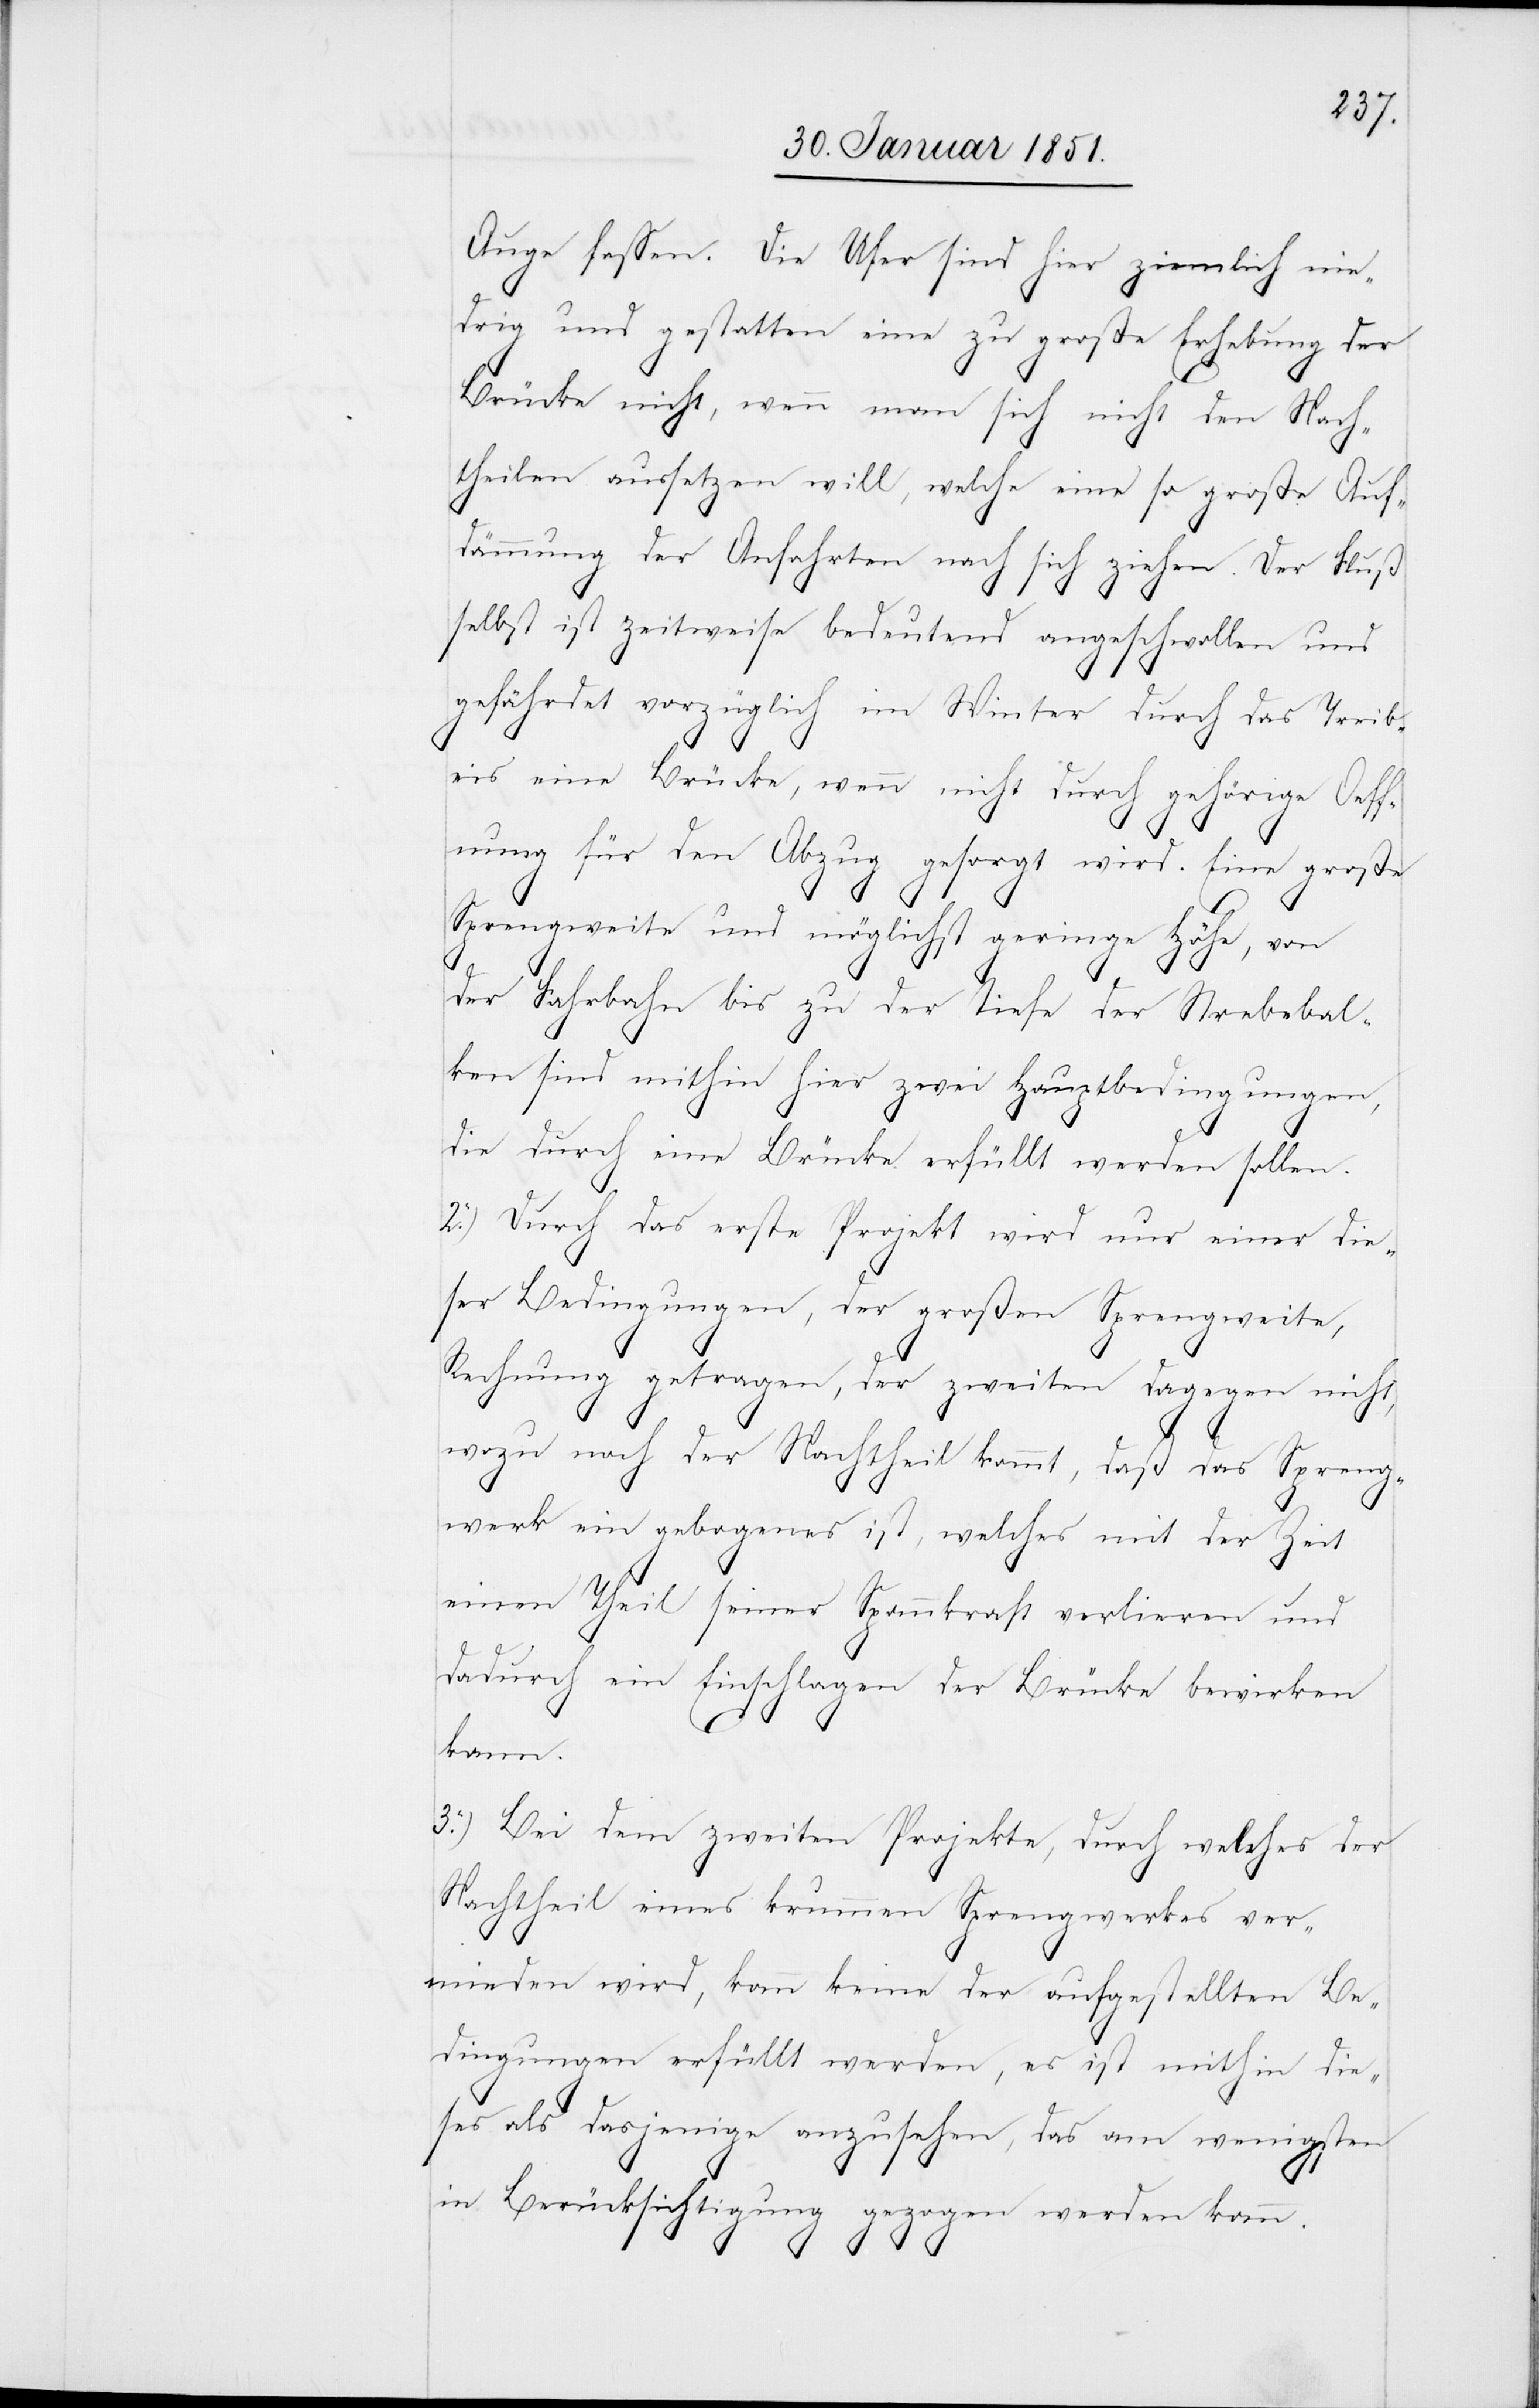
Auge fassen. Die Ufer sind hier ziemlich nie¬
drig und gestatten eine zu große Erhebung der
Brücke nicht, wenn man sich nicht den Nach¬
theilen aussetzen will, welche eine so große Auf¬
dämmung der Anfahrten nach sich ziehen. Der Fluß
selbst ist zeitweise bedeutend angeschwollen und
gefährdet vorzüglich im Winter durch das Treib¬
eis eine Brücke, wenn nicht durch gehörige Oeff¬
nung für den Abzug gesorgt wird. Eine große
Sprengweite und möglichst geringe Höhe, von
der Fahrbahn bis zu der Tiefe der Strebebal¬
ken sind mithin hier zwei Hauptbedingungen,
die durch eine Brücke erfüllt werden sollen.
2.) Durch das erste Projekt wird nur einer die¬
ser Bedingungen, der großen Sprengweite,
Rechnung getragen, der zweiten dagegen nicht,
wozu noch der Nachtheil kommt, daß das Spreng¬
werk ein gebogenes ist, welches mit der Zeit
einen Theil seiner Spannkraft verlieren und
dadurch ein Einschlagen der Brücke bewirken
kann.
3.) Bei dem zweiten Projekte, durch welches der
Nachtheil eines krummen Sprengwerkes ver¬
mieden wird, kann keine der aufgestellten Be¬
dingungen erfüllt werden, es ist mithin die¬
ses als dasjenige anzusehen, das am wenigsten
in Berücksichtigung gezogen werden kann.